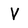
Character: V